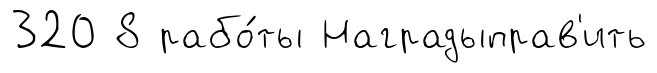
320 8 рабо́ты Наградыправ'ить